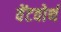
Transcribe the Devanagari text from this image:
वेंटवोर्थ